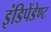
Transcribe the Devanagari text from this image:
इंडिपेंडेण्ट